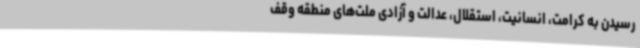
رسیدن به کرامت، انسانیت، استقلال، عدالت و آزادی ملت‌های منطقه وقف